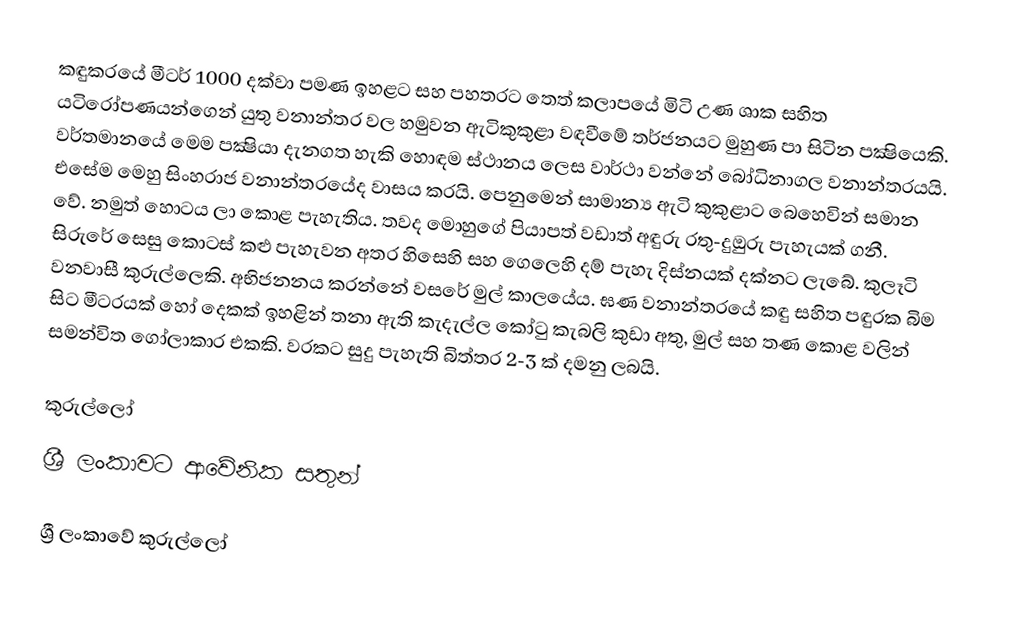
කඳුකරයේ මීටර් 1000 දක්වා පමණ ඉහළට සහ පහතරට තෙත් කලාපයේ මිටි උණ ශාක සහිත යටිරෝපණයන්ගෙන් යුතු වනාන්තර වල හමුවන ඇටිකුකුළා වඳවීමේ තර්ජනයට මුහුණ පා සිටින පක්‍ෂියෙකි. වර්තමානයේ මෙම පක්‍ෂියා දැනගත හැකි හොඳම ස්ථානය ලෙස වාර්ථා වන්නේ බෝධිනාගල වනාන්තරයයි. එසේම මෙහු සිංහරාජ වනාන්තරයේද වාසය කරයි. පෙනුමෙන් සාමාන්‍ය ඇටි කුකුළාට බෙහෙවින් සමාන වේ. නමුත් හොටය ලා කොළ පැහැතිය. තවද මොහුගේ පියාපත් වඩාත් අඳුරු රතු-දුඔුරු පැහැයක් ගනී. සිරුරේ සෙසු කොටස් කළු පැහැවන අතර හිසෙහි සහ ගෙලෙහි දම් පැහැ දිස්නයක් දක්නට ලැබේ. කුලෑටි වනවාසී කුරුල්ලෙකි. අභිජනනය කරන්නේ වසරේ මුල් කාලයේය. ඝණ වනාන්තරයේ කඳු සහිත පඳුරක බිම සිට මීටරයක් හෝ දෙකක් ඉහළින් තනා ඇති කැදැල්ල කෝටු කැබලි කුඩා අතු, මුල් සහ තණ කොළ වලින් සමන්විත ගෝලාකාර එකකි. වරකට සුදු පැහැති බිත්තර 2-3 ක් දමනු ලබයි.

කුරුල්ලෝ
ශ්‍රී ලංකා‍වට ආවේනික සතුන්

ශ්‍රී ලංකාවේ කුරුල්ලෝ